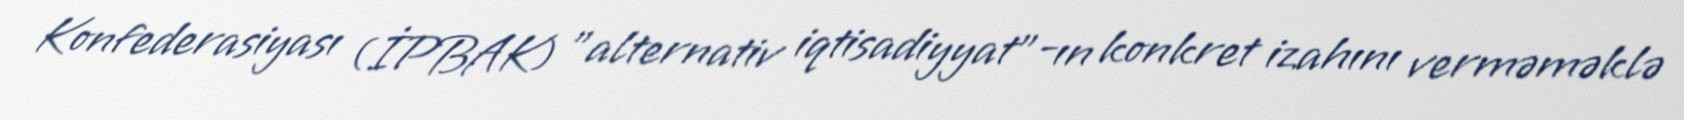
Konfederasiyası (İPBAK) "alternativ iqtisadiyyat"-ın konkret izahını verməməklə